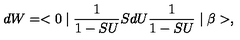
d W = < 0 \mid \frac { 1 } { 1 - S U } S d U \frac { 1 } { 1 - S U } \mid \beta > ,